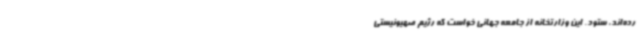
رده‌اند، ستود. این وزارتخانه از جامعه جهانی خواست که رژیم صهیونیستی